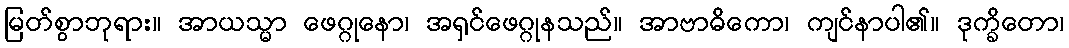
မြတ်စွာဘုရား။ အာယသ္မာ ဖေဂ္ဂုနော၊ အရှင်ဖေဂ္ဂုနသည်။ အာဗာဓိကော၊ ကျင်နာပါ၏။ ဒုက္ခိတော၊